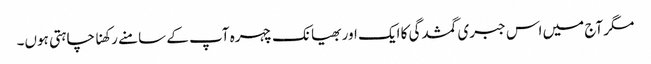
مگر آج میں اس جبری گمشدگی کا ایک اور بھیانک چہرہ آپ کے سامنے رکھنا چاہتی ہوں۔